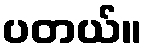
ပတယ်။